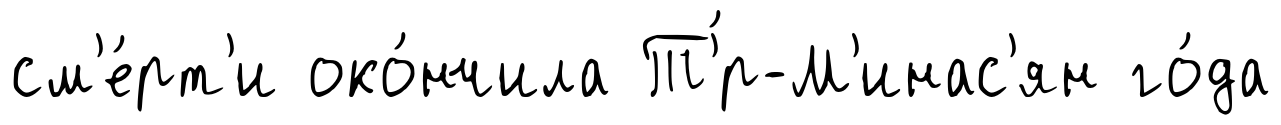
см'е́рт'и око́нчила Т'́р-М'инас'ян го́да